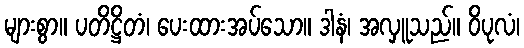
များစွာ။ ပတိဋ္ဌိတံ၊ ပေးထားအပ်သော။ ဒါနံ၊ အလှူသည်။ ဝိပုလံ၊